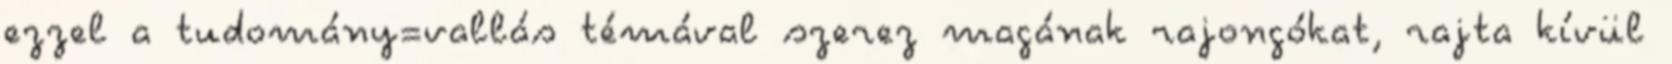
ezzel a tudomány=vallás témával szerez magának rajongókat, rajta kívül